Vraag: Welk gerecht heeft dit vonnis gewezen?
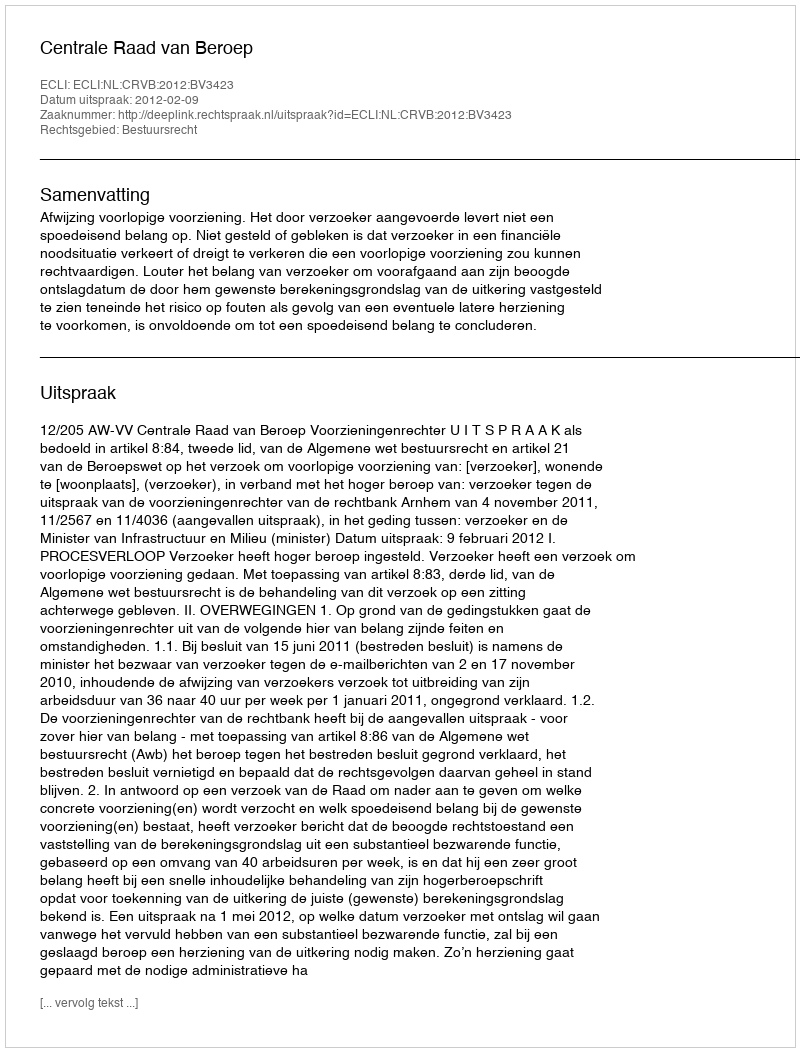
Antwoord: Centrale Raad van Beroep